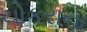
ચોકરાના